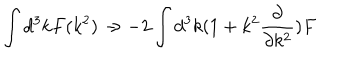
LaTeX: \int d ^ { 3 } k F ( k ^ { 2 } ) \rightarrow - 2 \int d ^ { 3 } k ( 1 + k ^ { 2 } \frac { \partial } { \partial k ^ { 2 } } ) F